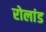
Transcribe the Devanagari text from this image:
रोलांड